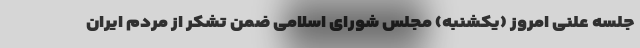
جلسه علنی امروز (یکشنبه) مجلس شورای اسلامی ضمن تشکر از مردم ایران